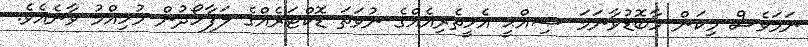
ނަމަވެސް މިކަން މާބޮޑުވާނަމަ ޞިއްޙީ އެހީތެރިއެއްގެ ނުވަތަ ޑޮކްޓަރެއްގެ ލަފާހޯދުން މުހިއްމު ވާނެއެވެ.